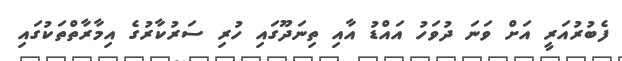
ފެބުރުއަރީ އަށް ވަނަ ދުވަހު އައްޑު އާއި ތިނަދޫގައި ހުރި ސަރުކާރުގެ އިމާރާތްތަކުގައި